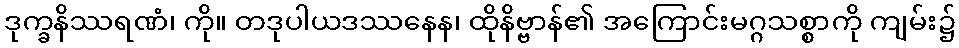
ဒုက္ခနိဿရဏံ၊ ကို။ တဒုပါယဒဿနေန၊ ထိုနိဗ္ဗာန်၏ အကြောင်းမဂ္ဂသစ္စာကို ကျမ်း၌